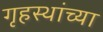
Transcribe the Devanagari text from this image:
गृहस्थांच्या